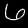
Digit: 6